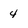
Character: 4